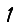
Digit: 1